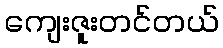
ကျေးဇူးတင်တယ်